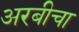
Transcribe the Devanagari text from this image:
अरबीचा